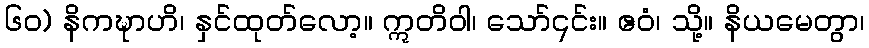
၆၀) နိကဍ္ဎာဟိ၊ နှင်ထုတ်လော့။ ဣတိဝါ၊ သော်၎င်း။ ဧဝံ၊ သို့။ နိယမေတွာ၊